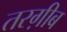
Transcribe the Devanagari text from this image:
तरग़ीब